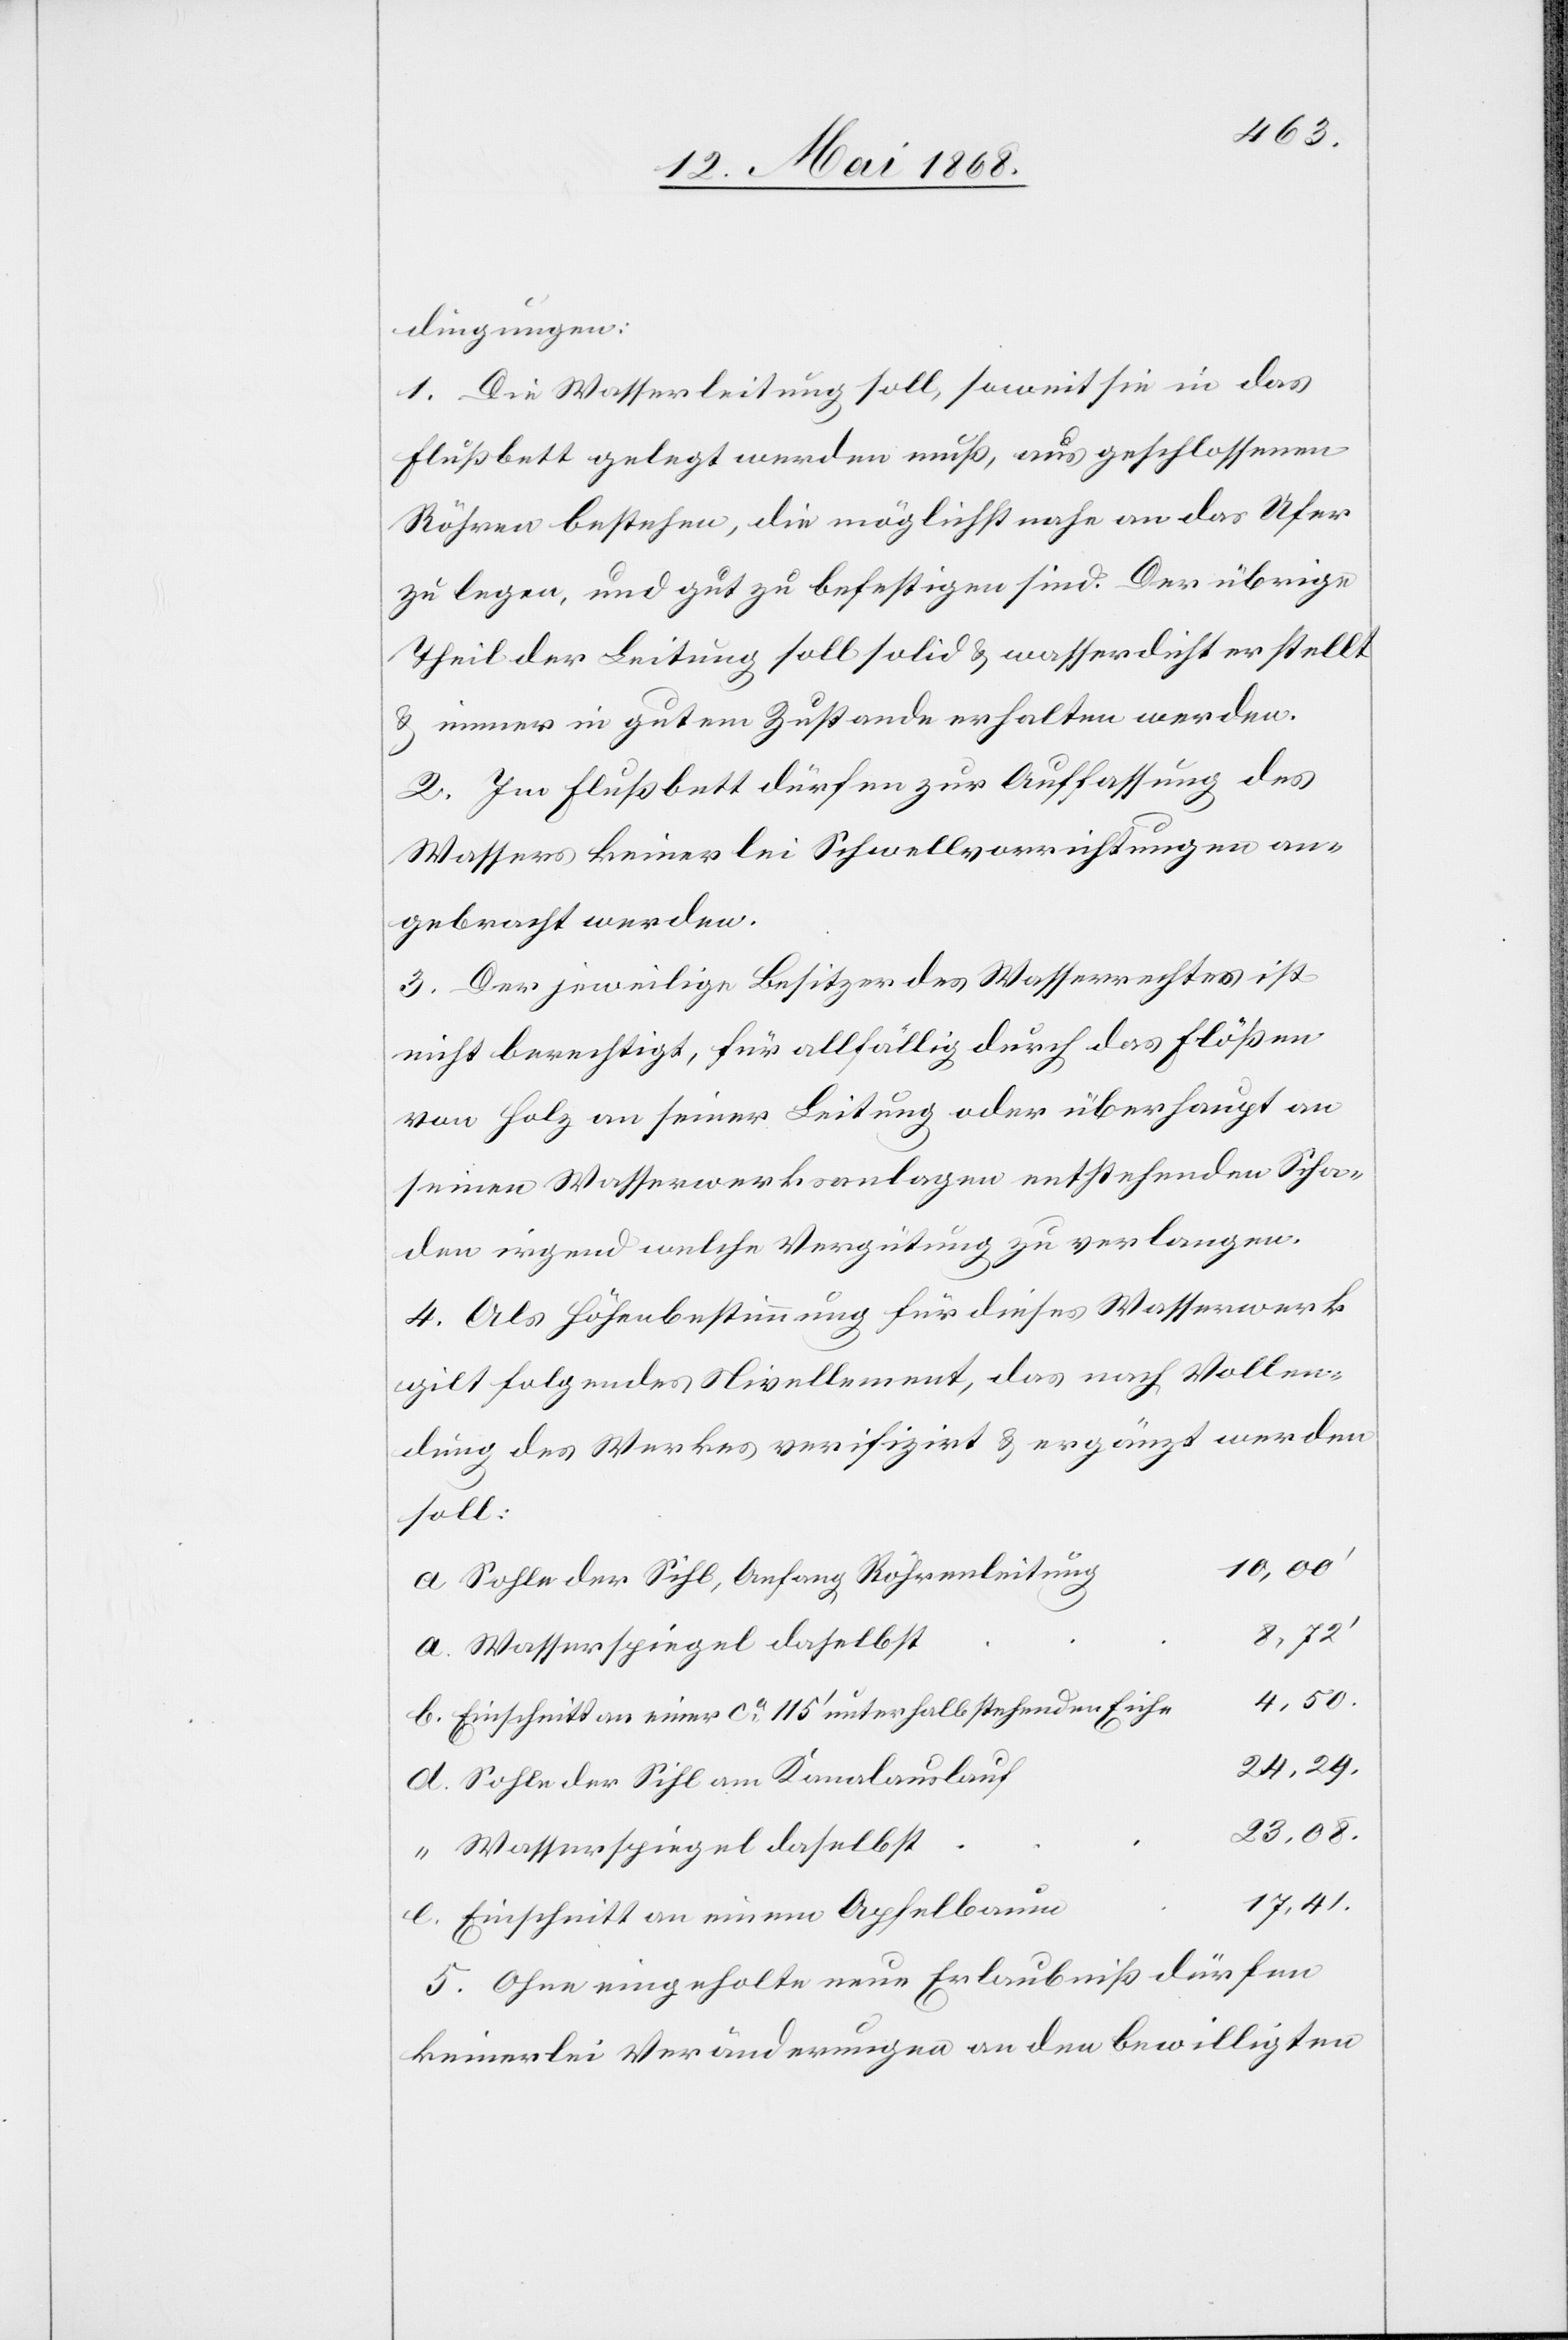
“

dingungen:
1. Die Wasserleitung soll, soweit sie in das
Flußbett gelegt werden muß, aus geschlossenen
Röhren bestehen, die möglichst nahe an das Ufer
zu legen, und gut zu befestigen sind. Der übrige
Theil der Leitung soll solid & wasserdicht erstellt
& immer in gutem Zustande erhalten werden.
2. Im Flußbett dürfen zur Auffassung des
Wassers keinerlei Schwellvorrichtungen an¬
gebracht werden.
3. Der jeweilige Besitzer des Wasserrechtes ist
nicht berechtigt, für allfällig durch das Flößen
von Holz an seiner Leitung oder überhaupt an
seinen Wasserwerksanlagen entstehenden Scha¬
den irgend welche Vergütung zu verlangen.
4. Als Höhenbestimmung für dieses Wasserwerk
gilt folgendes Nivellement, das nach Vollen¬
dung des Werkes verifizirt & ergänzt werden
soll:
10,00‘
Sohle der Sihl, Anfang Röhrenleitung
24,29.
4,50.
Einschnitt an einer ca. 115‘ unterhalb stehenden Eiche
Sohle der Sihl am Kanalauslauf
23,08.
Wasserspiegel daselbst
17,41.
Einschnitt an einem Apfelbaum
5. Ohne eingeholte neue Erlaubniß dürfen
keinerlei Veränderungen an den bewilligten